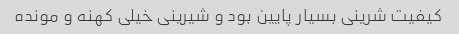
کیفیت شرینی بسیار پایین بود و شیرینی خیلی کهنه و مونده